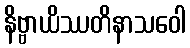
နိဗ္ဗာယိဿတိနာသဝေါ